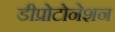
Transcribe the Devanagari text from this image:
डीप्रोटोनेशन